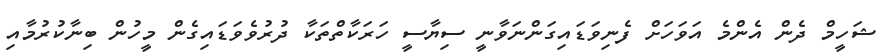
ޝަހީމް ދެން އެންމެ އަވަހަށް ފެނިވަޑައިގަންނަވާނީ ސިޔާސީ ހަރަކާތްތަކާ ދުރުވެވަޑައިގެން މީހުން ބިނާކުރުމާއި